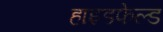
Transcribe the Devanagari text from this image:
हाइडफेल्ड